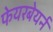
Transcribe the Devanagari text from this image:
फेयरबेयर्न